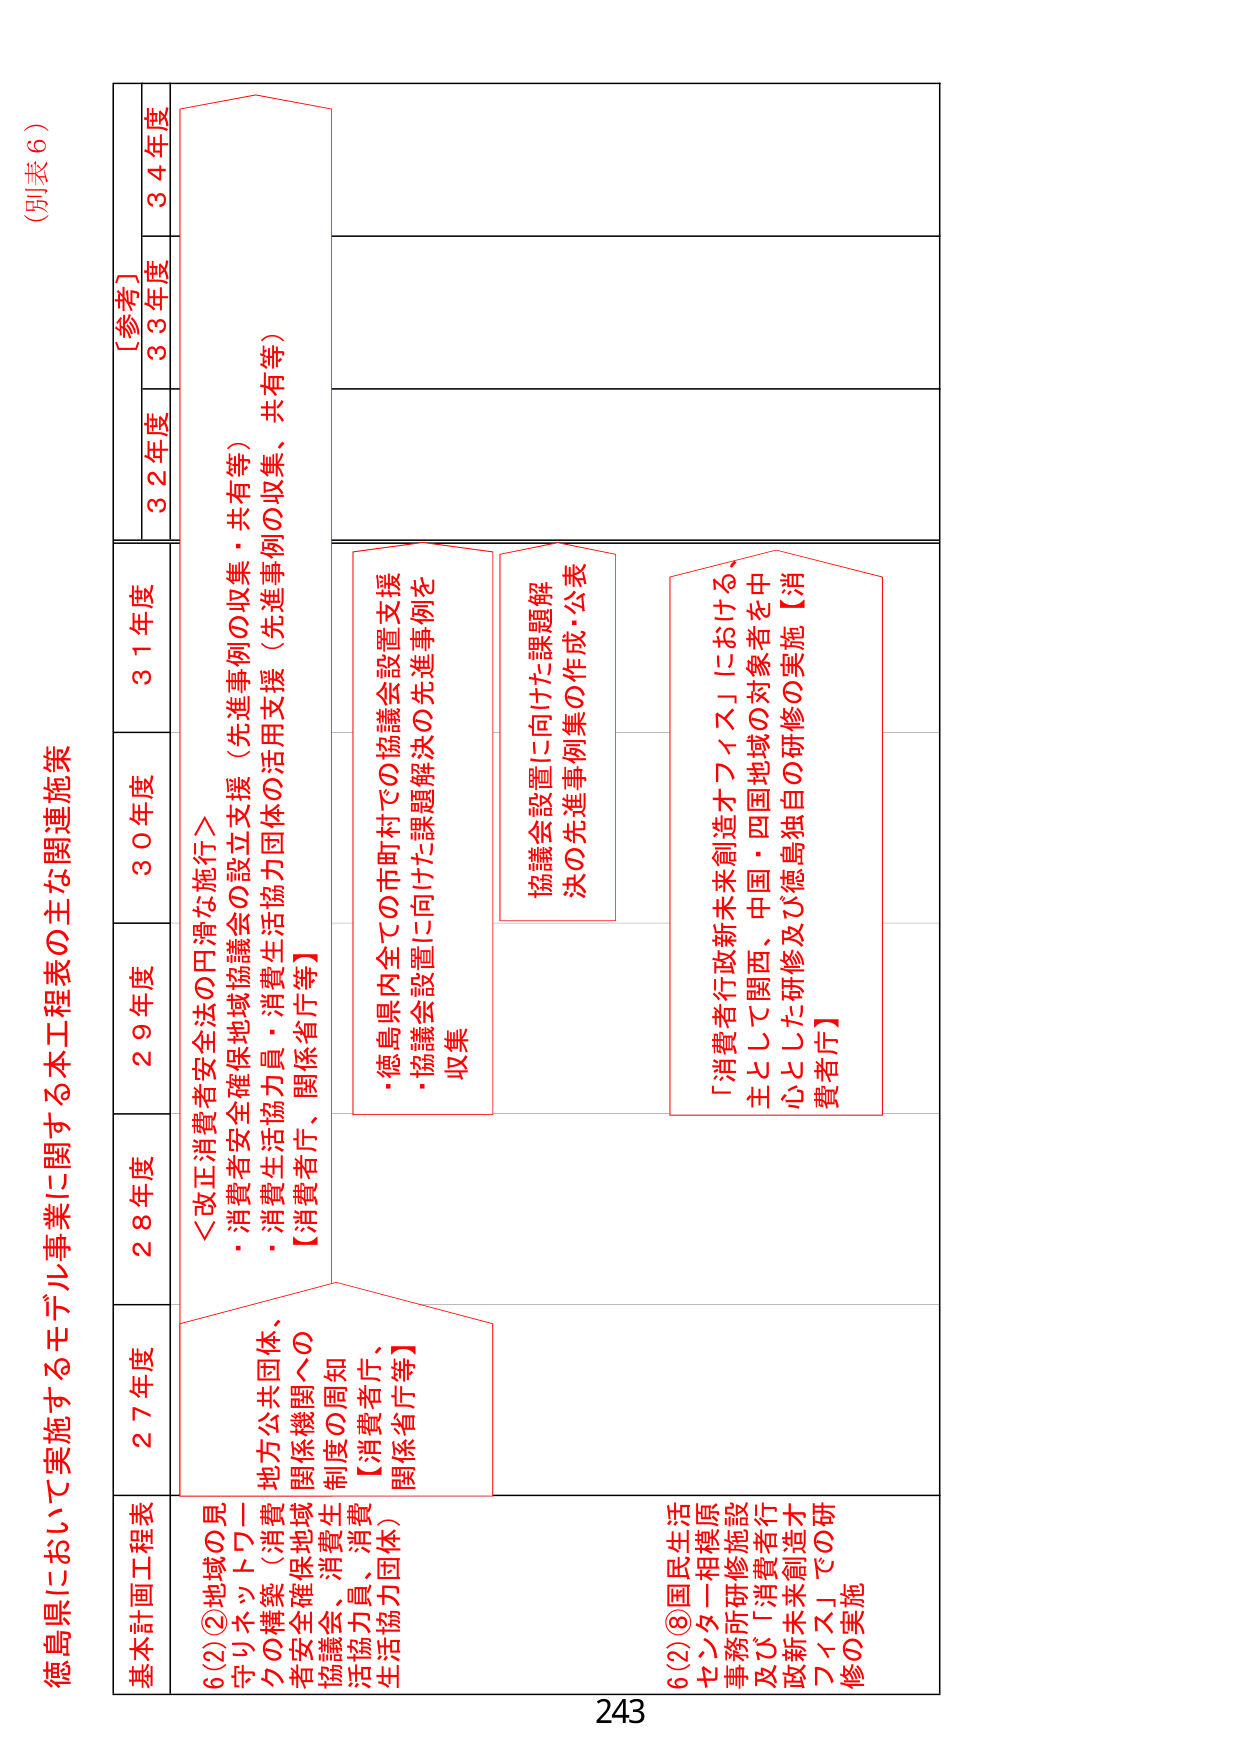
(別表6)

徳島県において実施するモデル事業に関する本工程表の主な関連施策

基本計画工程表
27年度 28年度 29年度 30年度 31年度 [参考] 32年度 33年度 34年度

6(2)②地域の見守りネットワークの構築（消費者安全確保地域協議会、消費者生活協力員、消費者生活協力団体）の関係機関への制度の周知【消費者庁、関係省庁等】

＜改正消費者安全法の円滑な施行＞
・消費者安全確保地域協議会の設立支援（先進事例の収集・共有等）
・消費生活協力員・消費生活協力団体の活用支援（先進事例の収集、共有等）
【消費者庁、関係省庁等】

・徳島県内全ての市町村での協議会設置支援
・協議会設置に向けた課題解決の先進事例を収集

協議会設置に向けた課題解決の先進事例集の作成・公表

「消費者行政新未来創造オフィス」における、主として関西、中国・四国地域の対象者を中心とした研修及び徳島独自の研修の実施【消費者庁】

6(2)⑧国民生活センター相模原事務所研修施設及び「消費者行政新未来創造オフィス」での研修の実施

243